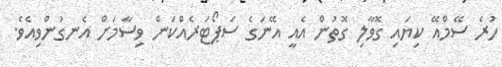
ހުރެ ސޭމްއޭ ކިޔައި ގޮވާލި ގޮތުން އެއީ އޭނަގެ ސަޕޯޓަރެއްކަން ވިސާމަށް އެނގުންވިއެވެ.